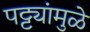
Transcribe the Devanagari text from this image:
पट्ट्यांमुळे